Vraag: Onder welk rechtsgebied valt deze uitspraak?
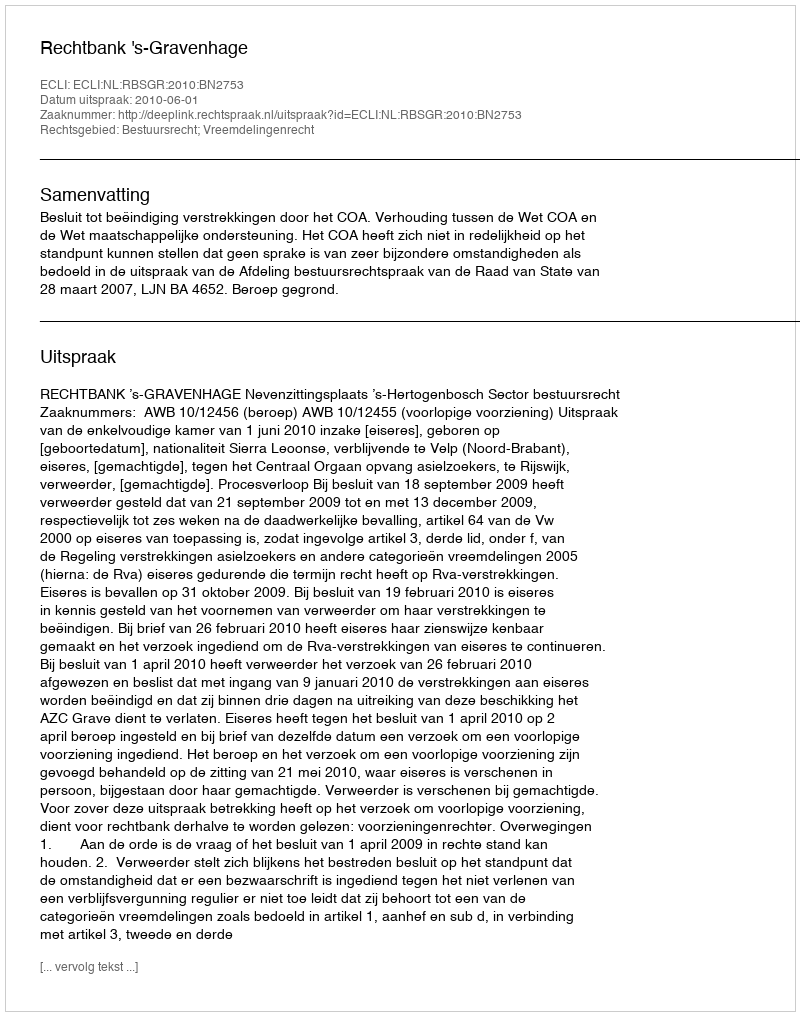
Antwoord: Bestuursrecht; Vreemdelingenrecht